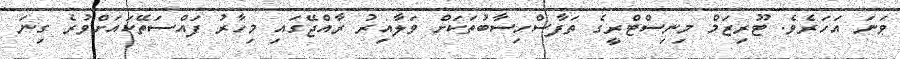
ވަނަ އަހަރެވެ. ޓޫރިޒަމް މިނިސްޓްރީގެ ތަފާސްހިސާބުތަކަށް ވަލާއިރު ރާއްޖޭގައި މިހާރު ފައްސަތޭކައަށްވުރެ ގިނަ